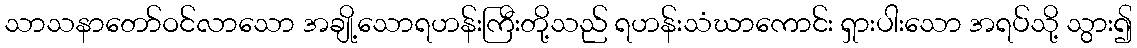
သာသနာတော်ဝင်လာသော အချို့သောရဟန်းကြီးတို့သည် ရဟန်းသံဃာကောင်း ရှားပါးသော အရပ်သို့ သွား၍